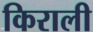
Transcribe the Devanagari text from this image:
किराली